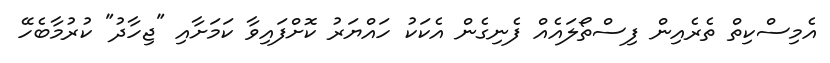
އެމިސްކިތް ތެރެއިން ފިސްތޯލައެއް ފެނިގެން އެކަކު ހައްޔަރު ކޮށްފައިވާ ކަމަށާއި "ޖިހާދު" ކުރުމާބެހޭ